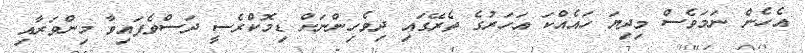
އެހެން ނަމަވެސް މިދިޔަ ހައެއްކަ އަހަރުގެ ތެރޭގައި ދިވެހިންނަށް ޑިމޮކްރެސީ ދަސްވެފައިވާ މިންވަރާއި